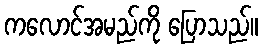
ကလောင်အမည်ကို ပြောသည်။